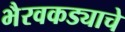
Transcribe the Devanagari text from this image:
भैरवकड्याचे